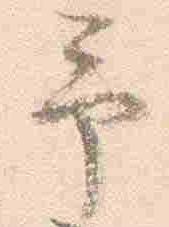
予